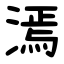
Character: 漹